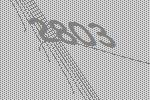
2803